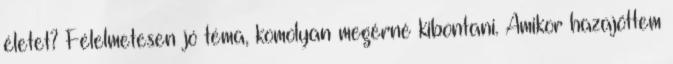
életet? Félelmetesen jó téma, komolyan megérné kibontani. Amikor hazajöttem